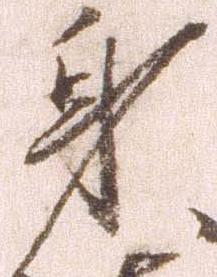
身